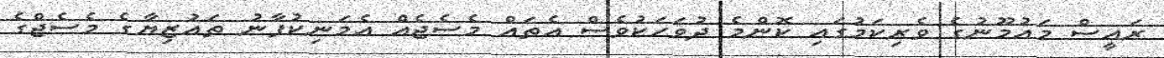
ރައީސް މައުމޫނުގެ ވެރިކަމުގައި ކޮންމެ ދުވަހަކުވެސް އެތައް މެސެޖެއް އެމަނިކުފާނު ތައުޒިޔާގެ މެސެޖްގެ